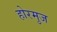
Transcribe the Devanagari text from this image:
होरमुज